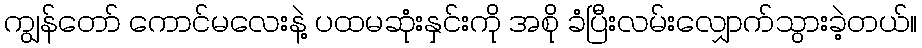
ကျွန်တော် ကောင်မလေးနဲ့ ပထမဆုံးနှင်းကို အစို ခံပြီးလမ်းလျှောက်သွားခဲ့တယ်။